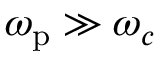
\omega _ { \mathrm { p } } \gg \omega _ { c }